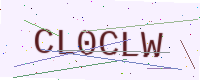
Text: CL0CLW